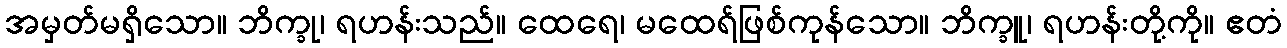
အမှတ်မရှိသော။ ဘိက္ခု၊ ရဟန်းသည်။ ထေရေ၊ မထေရ်ဖြစ်ကုန်သော။ ဘိက္ခူ၊ ရဟန်းတို့ကို။ ဧတံ